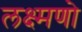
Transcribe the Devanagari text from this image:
लक्ष्मणो